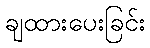
ချထားပေးခြင်း